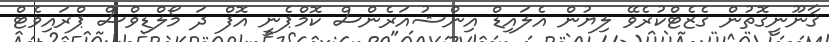
ޤާނޫނީގޮތުން ގެޒެޓްކުރެވޭ ލިޔުން އެލައިޑް އިންޝުއަރެންސް ކޮމްޕެނީ އޮފް ދަ މޯލްޑިވްސް ޕްރައިވެޓް